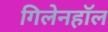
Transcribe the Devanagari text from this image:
गिलेनहाॅल